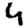
Digit: 4